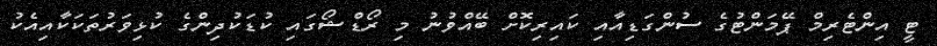
ޓީ އިންޓެރިމް ޕޭމަންޓުގެ ސުންގަޑިއާއި ކައިރިކޮށް ބޭއްވުނު މި ރޯޑްޝޯގައި ކުޑަކުދިންގެ ކުޅިވަރުތަކަކާއިއެކު